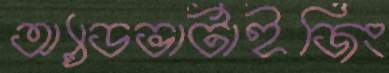
অ্যাডভার্টাইজিং